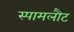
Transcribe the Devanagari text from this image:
स्पामलौट